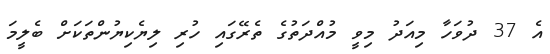
އެ 37 ދުވަހާ މިއަދު މިވީ މުއްދަތުގެ ތެރޭގައި ހުރި ލިޔެކިޔުންތަކަށް ބެލީމަ